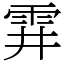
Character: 䨍